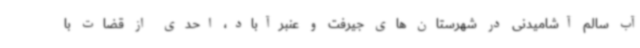
آب سالم آشامیدنی در شهرستان های جیرفت و عنبرآباد، احدی از قضات با